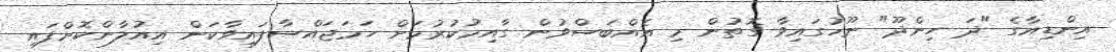
އިންޑިއާގެ "ދަ ހިންދޫ" ނޫހުގައިވާ ގޮތުން މި އެއްބަސްވުން ގާއިމުކުރުމަށް ހަމަޖައްސާފައިވާކަން އިއުލާންކޮށްފައި